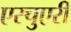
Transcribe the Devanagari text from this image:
एस्चुएरी